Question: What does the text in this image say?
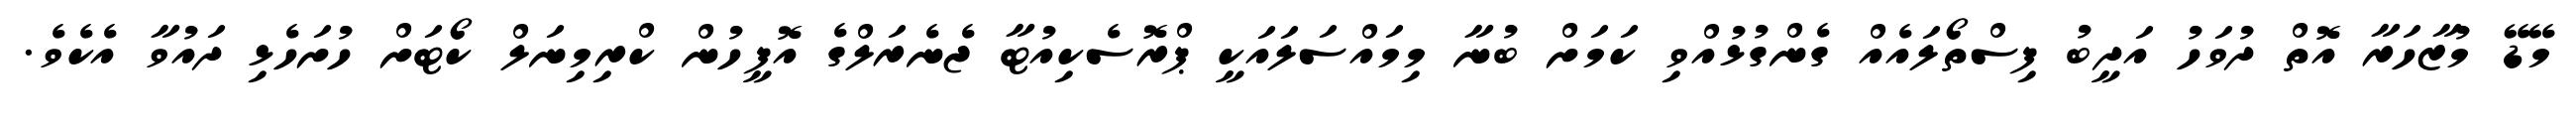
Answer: މޭޑޭ މުޒާހަރާ އޮތް ދުވަހު އަދީބު ފިސްތޯލައެއް ގެންގުޅުއްވި ކަމަށް ބުނާ މިމައްސަލައަކީ ޕްރޮސެކިއުޓާ ޖެނެރަލްގެ އޮފީހުން ކްރިމިނަލް ކޯޓަށް ހުށަހެޅި ދައުވާ އެކެވެ.